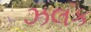
ઝલક